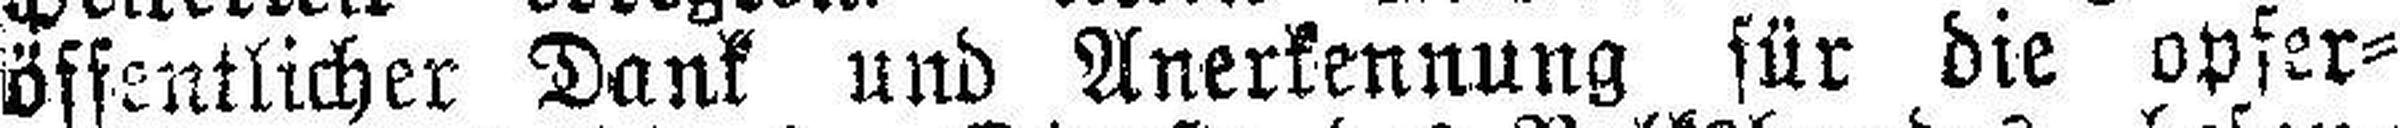
öffentlicher Dank und Anerkennung für die opfer¬